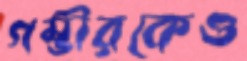
গম্ভীরকেও